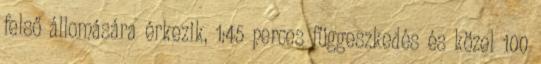
felső állomására érkezik, 1:45 perces függeszkedés és közel 100